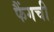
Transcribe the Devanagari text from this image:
फैंगची